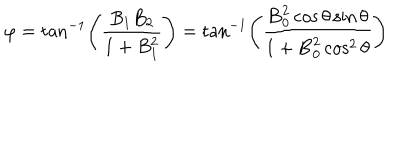
LaTeX: \varphi = \tan ^ { - 1 } \left( \frac { B _ { 1 } B _ { 2 } } { 1 + B _ { 1 } ^ { 2 } } \right) = \tan ^ { - 1 } \left( \frac { { \bf B } _ { 0 } ^ { 2 } \cos \theta \sin \theta } { 1 + { \bf B } _ { 0 } ^ { 2 } \cos ^ { 2 } \theta } \right)